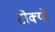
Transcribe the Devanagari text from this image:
टोक्‍यो